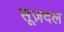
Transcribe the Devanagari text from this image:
सूज़दल